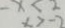
- x < 2